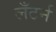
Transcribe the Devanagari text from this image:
लँटर्न